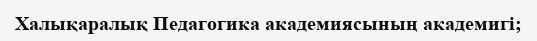
Халықаралық Педагогика академиясының академигі;